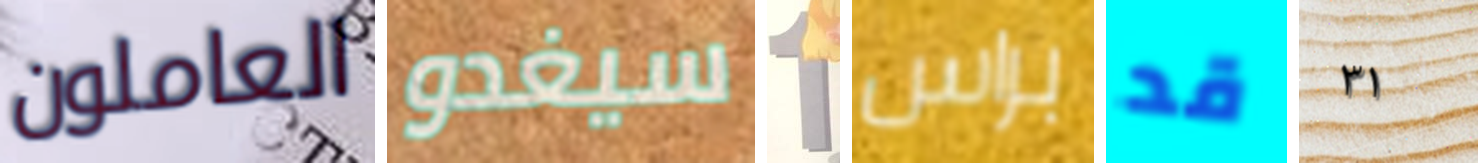
العاملون سيغدو 1 براس قد ٣١